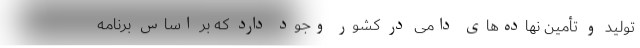
تولید و تأمین نهاده‌های دامی در کشور وجود دارد که بر اساس برنامه‌